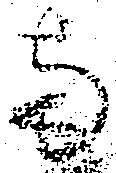
両